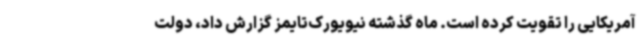
آمریکایی را تقویت کرده است. ماه گذشته نیویورک‌تایمز گزارش داد، دولت